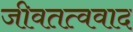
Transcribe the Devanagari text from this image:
जीवतत्ववाद